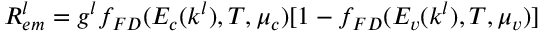
\begin{array} { r } { R _ { e m } ^ { l } = g ^ { l } f _ { F D } ( E _ { c } ( k ^ { l } ) , T , \mu _ { c } ) [ 1 - f _ { F D } ( E _ { v } ( k ^ { l } ) , T , \mu _ { v } ) ] } \end{array}